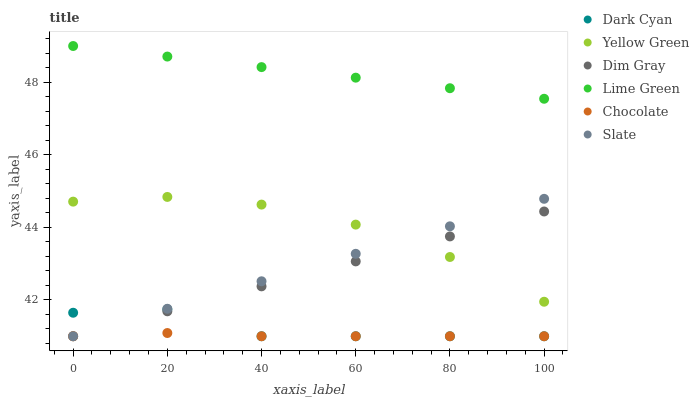
| xaxis_label | Dark Cyan | Yellow Green | Dim Gray | Lime Green | Chocolate | Slate |
 | --- | --- | --- | --- | --- | --- | --- |
 | 0 | 41.6 | 44.7 | 41 | 49 | 41 | 41 |
 | 20 | 41.7 | 44.8 | 41.7 | 48.7 | 41.1 | 41.8 |
 | 40 | 41 | 44.6 | 42.4 | 48.4 | 41 | 42.5 |
 | 60 | 41 | 44.1 | 43.1 | 48.1 | 41 | 43.3 |
 | 80 | 41 | 43.2 | 43.8 | 47.8 | 41 | 44 |
 | 100 | 41 | 42 | 44.4 | 47.5 | 41 | 44.8 |